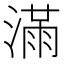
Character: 𣼛